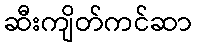
ဆီးကျိတ်ကင်ဆာ